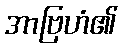
အာဗြဟံ၏